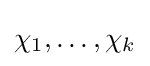
\chi _{1},\ldots ,\chi _{k}